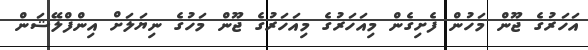
އަހަރުގެ ޖޫން މަހުން ފެށިގެން މިއަހަރުގެ މިއަހަރުގެ ޖޫން މަހުގެ ނިޔަލަށް އިންފްލޭޝަން